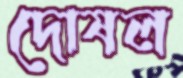
দোষল